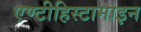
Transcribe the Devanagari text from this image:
एण्टीहिस्टामाइन